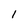
Character: 1